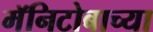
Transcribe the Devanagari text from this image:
मॅनिटोबाच्या